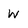
Character: W